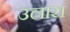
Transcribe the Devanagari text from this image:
उलारा